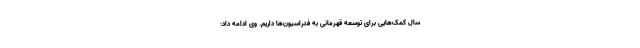
سال کمک‌هایی برای توسعه قهرمانی به فدراسیون‌ها داریم. وی ادامه داد: